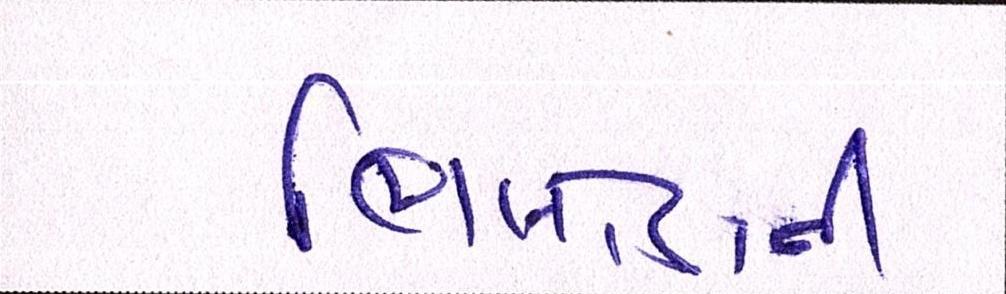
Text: ભિલોડાની